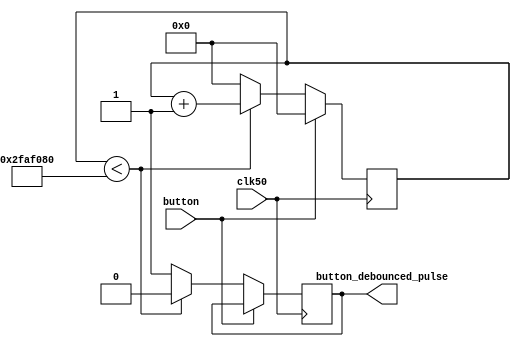
module button_to_1pulse
(
input clk50, button,
//output button_debounced_pulse //fpga button is active low
output reg button_debounced_pulse 
);

reg [31:0] count = 0;
 always@(posedge clk50)
 begin
		if(!button) begin //must keep button pressed until u get pulse, then let go
			if(count < 50000000) begin
			button_debounced_pulse <= 0;
			count <= count + 1;
			end
			
			else begin
			button_debounced_pulse <= 1;
			count <= 0;
			end
			
		end
		
		else count <= 0;
 end
 
endmodule